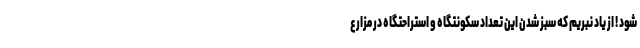
شود ! از یاد نبریم که سبز شدن این تعداد سکونتگاه و استراحتگاه در مزارع